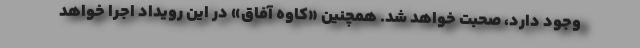
وجود دارد، صحبت خواهد شد. همچنین «کاوه آفاق» در این رویداد اجرا خواهد